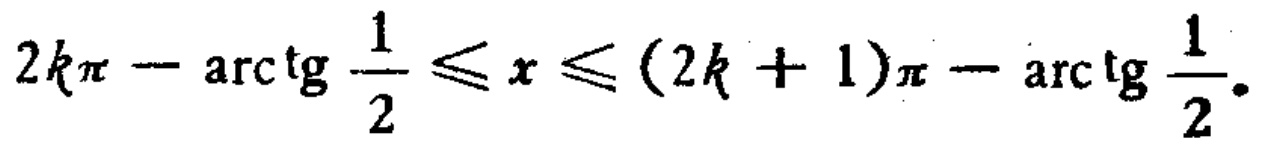
\(2k\pi - \arctan \frac{1}{2} \leq x \leq (2k + 1)\pi - \arctan \frac{1}{2}\)